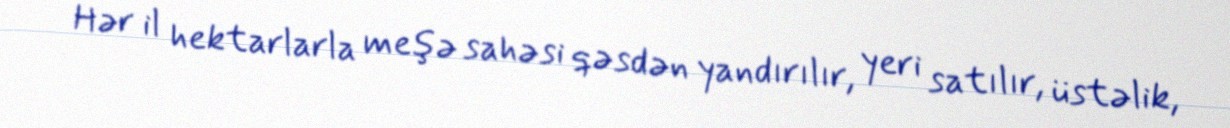
Hər il hektarlarla meşə sahəsi qəsdən yandırılır, yeri satılır, üstəlik,